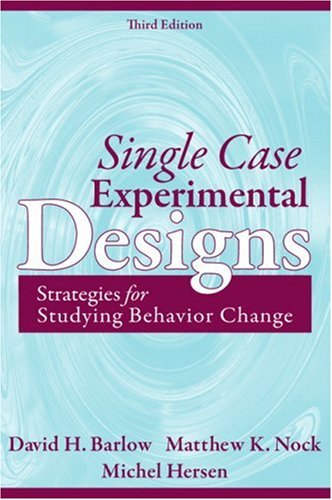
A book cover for Single Case Experimental Designs: Strategies for Studying Behavior Change (3rd Edition); David H. Barlow; Medical Books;